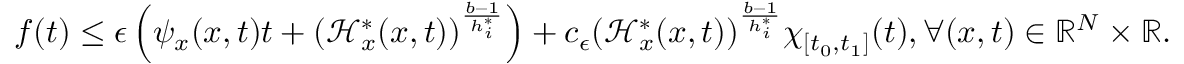
f ( t ) \leq \epsilon \left( \psi _ { x } ( x , t ) t + ( \mathcal { H } _ { x } ^ { * } ( x , t ) ) ^ { \frac { b - 1 } { h _ { i } ^ { * } } } \right) + c _ { \epsilon } ( \mathcal { H } _ { x } ^ { * } ( x , t ) ) ^ { \frac { b - 1 } { h _ { i } ^ { * } } } \chi _ { [ t _ { 0 } , t _ { 1 } ] } ( t ) , \forall ( x , t ) \in { \mathbb R } ^ { N } \times { \mathbb R } .